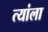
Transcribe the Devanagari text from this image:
त्यांला